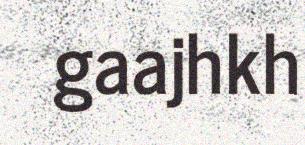
gaajhkh